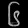
Digit: ၆